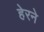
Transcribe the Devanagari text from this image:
हेरने